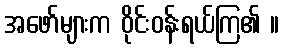
အဖော်များက ဝိုင်းဝန်းရယ်ကြ၏ ။